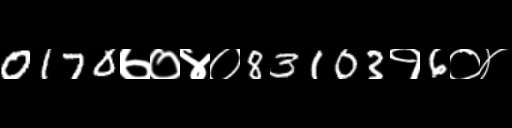
Text: 0170७०४०83103१6०४